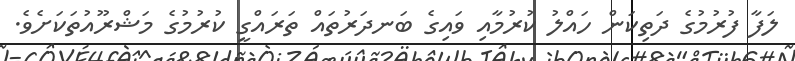
ލަފާ ފުރުމުގެ ދަތިކަން ހައްލު ކުރުމާއި ވައިގެ ބަނދަރުތައް ތަރައްގީ ކުރުމުގެ މަޝްރޫއުތަކަށެވެ.